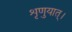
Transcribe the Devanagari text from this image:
शृणुयात्।